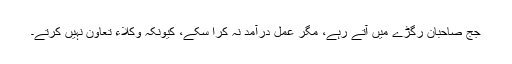
جج صاحبان رگڑے میں آتے رہے، مگر عمل درآمد نہ کرا سکے، کیونکہ وکلاء تعاون نہیں کرتے۔